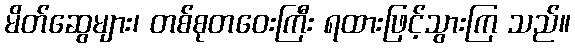
မိတ်ဆွေများ၊ တစ်စုတဝေးကြီး ရထားဖြင့်သွားကြ သည်။